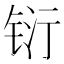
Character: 𮸇